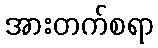
အားတက်စရာ